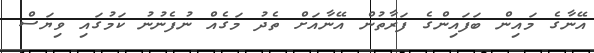
އޭނާގެ މައިން ބަފައިންގެ ފަރާތުން އޭނާއަށް ތެދު މަގެއް ނުފެނުނު ކަމުގައި ވިޔަސް